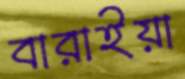
বারাইয়া